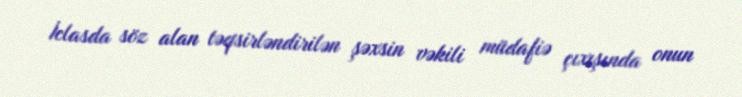
İclasda söz alan təqsirləndirilən şəxsin vəkili müdafiə çıxışında onun